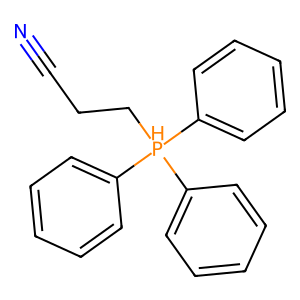
SMILES: N#CCC[PH](c1ccccc1)(c1ccccc1)c1ccccc1
Inhibits HIV replication: No